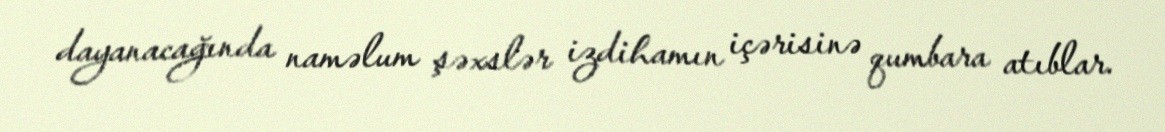
dayanacağında naməlum şəxslər izdihamın içərisinə qumbara atıblar.